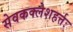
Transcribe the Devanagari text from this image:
सेवकक्लेशहर्त्तः